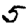
Digit: 5